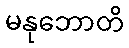
မနုဘောတိ